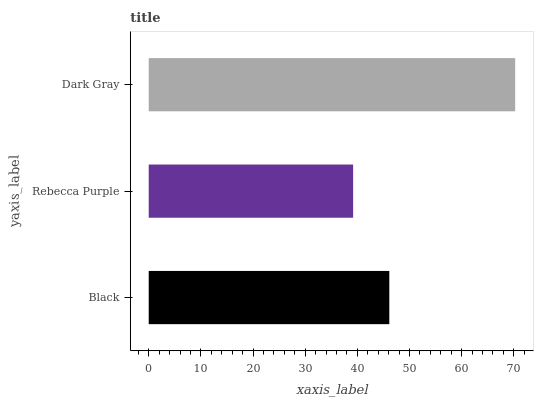
| yaxis_label | bars |
 | --- | --- |
 | Black | 46.1 |
 | Rebecca Purple | 39.2 |
 | Dark Gray | 70.3 |